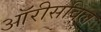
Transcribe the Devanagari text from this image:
ऑरीसविल